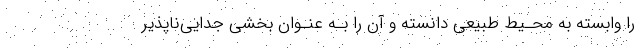
را وابسته به محـیط طبیعی دانسته و آن را بـه عنـوان بخشی جدایی‌ناپذیر